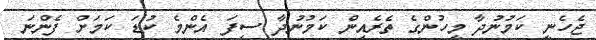
ޖެހެނީ ކަމުނުދާ މީހުންގެ ތެރެއިން ކަމުނުދާ ސިފަ އެންމެ ކުޑަ ކަމަށް ފެންނަ